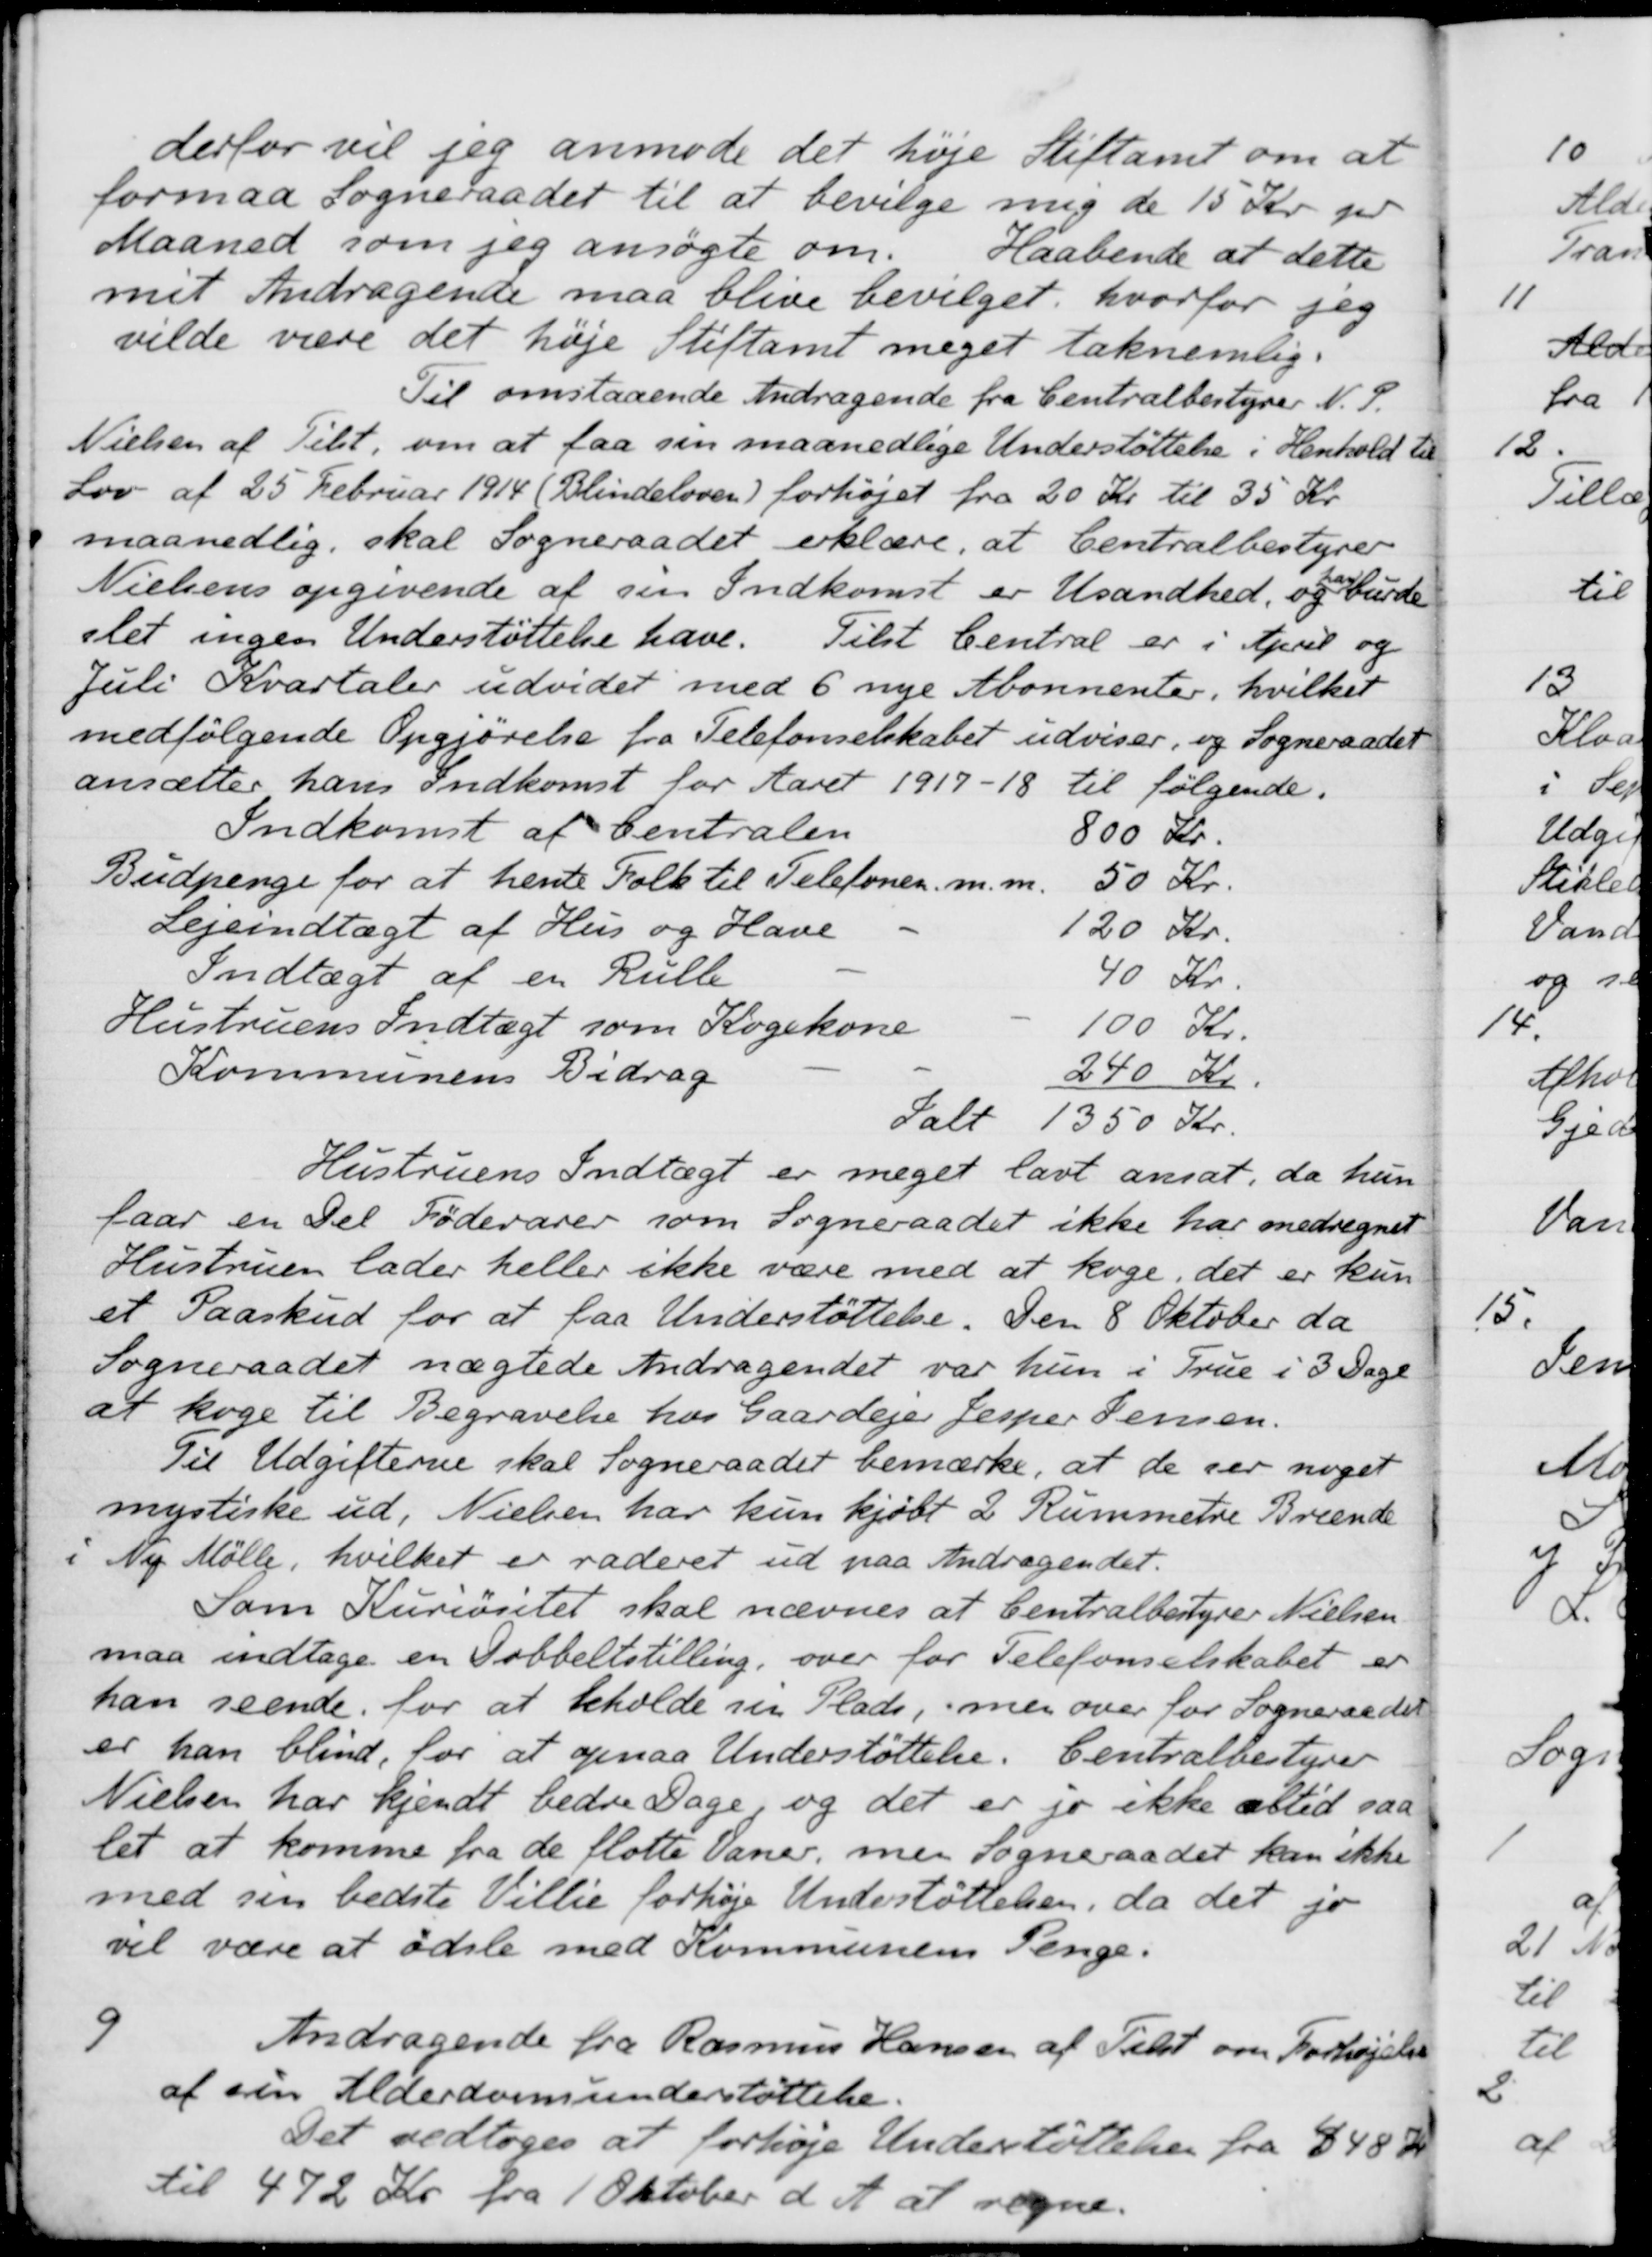
Transskription:
derfor vil jeg anmode det høje Stiftamt om at 
formaa Sogneraadet til at bevilge mig de 15 Kr pr
Maaned som jeg ansøgte om. Haabende at dette
mit Andragende maa blive bevilget, hvorfor jeg
vilde være det høje Stiftamt meget taknemlig.
Til omstaaende Andragende fra Centralbestyrer N. P.
Nielsen af Tilst, om at faa sin maanedlige Understøttelse i Henhold til
Lov af 25 Februar 1914 (Blindeloven) forhøjet fra 20 Kr. til 35 Kr.
maanedlig, skal Sogneraadet erklære, at Centralbestyrer
Nielsens opgivende af sin Indkomst er usandhed, og han burde
slet ingen Understøttelse have. Tilst Central er i April og 
Juli Kvartaler udvidet med 6 nye Abonnenter, hvilket
medfølgende Opgjørelse fra Telefonselskabet udviser, og Sogneraadet
ansætter hans Indkomst for Aaret 1917-18 til følgende.
Indkomst af Centralen 800 Kr.
800 Kr.
Budpenge for at hente Folk til Telefonen. m. m
50 Kr.
Lejeindtægt af Hus og Have
120 Kr.
Indtægt af en Rulle
40 Kr.
Hustruens Indtægt som Kogekone
100 Kr.
Kommunens Bidrag
240 Kr.
Ialt 1350 Kr.
Hustruens Indtægt er meget lavt ansat, da hun
faar en Del Fødevarer som Sogneraadet ikke har medregnet
Hustruen lader heller ikke være med at koge, det er kun
et Paaskud for at faa Understøttelse. Den 8 Oktober da
Sogneraadet nægtede Andragendet var hun i True i 3 Dage
at koge til Begravelse hos Gaardejer Jesper Jensen.
Til Udgifterne skal Sogneraadet bemærke, at de ser noget
mystiske ud, Nielsen har kun kjøbt 2 Rummete Brænde
i Ny Mølle, hvilket er raderet ud paa Andragendet.
Som Kuriositet skal nævnes at Centralbestyrer Nielsen.
maa indtage en Dobbeltstilling, over for Telefonselskabet er
han seende for at beholde sin Plads, men over for Sogneraadet
er han blind, for at opnaa Understøttelse. Centralbestyrer
Nielsen har kjendt bedre Dage og det er jo ikke altid saa
let at komme fra de flotte Vaner, men Sogneraadet kan ikke
med sin bedste Villie forhøje Understøttelsen, da det jo
vil være at ødsle med Kommunens Penge.
9
Andragende fra Rasmus Hansen af Tilst om Forhøjelse
af sin Alderdomsunderstøttelse.
Det vedtoges at forhøje Understøttelse fra 448 Kr.
til 472 Kr. fra 1 Oktober d. A. at regne.